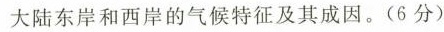
大陆东岸和西岸的气候特征及其成因。(6分)